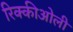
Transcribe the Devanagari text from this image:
रिक्कीओली